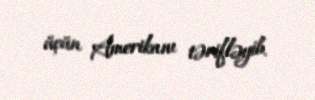
üçün Amerikanı tərifləyib.